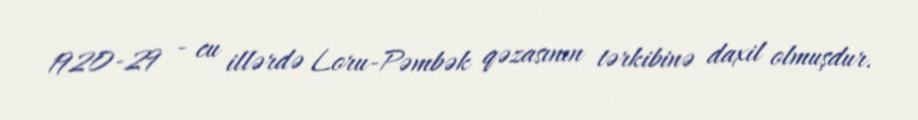
1920-29 - cu illərdə Loru-Pəmbək qəzasının tərkibinə daxil olmuşdur.